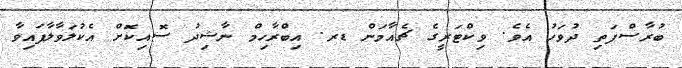
ބުރާސްފަތި ދުވަހު އެވެ. ވިކްޓަރީގެ ޗެއާމަން ޑރ. އިބްރާހިމް ނާޝިދު ސޮއިކޮށް އެކުލަވާލާފައިވާ